Report on sanitation, dispensaries, and jails in Rajputana for 1915, and on vaccination for the year 1915-1916 - 1915-1916
Year: 1915
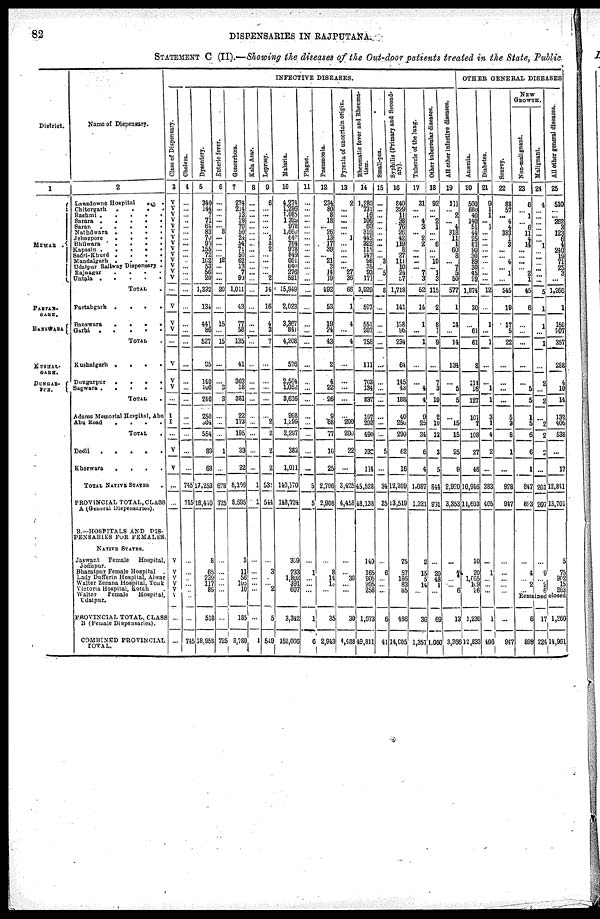
82
DISPENSARIES IN RAJPUTANA.
STATEMENT C (II).—Showing the diseases of the Out-door patients treated in the State, Public
District.
1
MEWAR
.
PARTAB-
GARH.
BANSWARA
KUSHAL-
GARH.
DUNGAR-
PUR.
Name of Dispensary.
2
Lansdowne Hospital
.
.
Chitorgarh
.
.
. .
Rashmi
.
.
.
.
.
Sarara
Saron
Nathdwara
.
.
.
.
Jehazpore
.
.
.
.
Bhilwara . .
.
.
.
Kapusin . . . . .
Sadri-Khurd
.
.
.
.
Mandalgarh .
.
.
.
Udaipur Railway Dispensary .
Rajnagar . . . .
Untala
TOTAL .
Partabgarh .
.
.
.
Banswara
.
.
.
.
Garhi
TOTAL .
Kushalgarh .
.
.
.
Dungarpur
.
.
.
.
Sagwara
TOTAL .
Adams Memorial Hospital, Abu
Abu Road .
.
.
.
TOTAL .
Deoli . . . . .
Kherwara
.
.
.
.
TOTAL NATIVE STATES .
PROVINCIAL TOTAL CLASS
A (General Dispensaries).
B.—HOSPITALS AND DIS-
PENSARIES FOR FEMALES
NATIVE STATES.
Jaswant Female
Hospital,
Jodhpur.
Bharatpur Female Hospital .
Lady Dufferin Hospital, Alwar
Walter Zenana Hospital, Tonk
Victoria Hospital, Kotah .
Walter
Female
Hospital,
Udaipur.
PROVINCIAL TOTAL, CLASS
B (Female Dispensaries).
COMBINED PROVINCIAL
TOTAL.
INFECTIVE DISEASES.
Class of Dispensary.
3
V
V
V
V
V
V
V
V
V
V
V
V
V
V
...
V
V
V
...
V
V
V
...
I
I
...
V
V
...
...
V
V
V
V
V
V
...
...
Cholera.
4
...
...
...
...
...
...
...
...
...
...
...
...
...
...
...
...
...
...
...
...
...
...
...
...
...
...
...
...
745
745
...
...
...
...
...
...
745
Dysentery.
5
340
144
7
71
64
83
70
95
155
72
162
53
56
20
1,332
134
441
86
527
95
140
106
246
250
304
554
89
68
17,253
18,410
8
65
239
117
89
518
18,988
Enteric ferer.
6
...
...
...
...
... 8
...
...
...
... 12
...
...
...
20
...
15
...
15
...
...
3
3
...
...
...
1
...
678
725
...
...
...
...
...
...
725
Gonorrhœa.
7
274
214
13
19
70 50
24
54
71
50 62
13
7
90
1,011
43
77
58
135
41
363
18
381
22
173
195
33
22
8,105
8,595
3
11
56
105
10
185
8,780
Kala Azar.
8
...
...
...
...
...
...
...
...
...
...
...
...
...
...
...
...
...
...
...
...
...
...
...
...
...
...
...
...
1
1
...
...
...
...
...
...
1
Leprosy.
9
6
...
...
...
...
... 1
3
2
...
...
...
... 2
14
16
4
3
7
...
...
...
...
...
2
2
2
2
531
544
...
3
...
... 2
5
549
Malaria.
10
4,274
1,286
1,085
1323
978
1,660
642
764
978
849
601
540
276
591
15,949
2,023
3,367
841
4,208
576
2,564
1,052
3,616
998
1,299
2,297
383
1,011
140,170
148,724
309
233
1,802
391
607
3,342
152,066
Plague.
11
...
...
...
...
...
...
...
...
...
...
...
...
...
...
...
...
...
...
...
...
...
...
...
...
...
...
...
...
5
5
...
1
...
...
...
1
6
Pneumonia.
12
234
80
8
18
... 26
13
17
39
... 21
3
14
19
492
53
19
24
43
2
4
22
26
9
68
77
16
25
2,706
2,908
...
8
14
15
...
35
2,943
Pyrexia of uncertain origin.
13
2
...
...
...
...
... 1
...
...
...
...
... 27
36
66
1
4
...
4
...
...
...
...
...
200
200
22
...
3,425
4,458
...
... 30
...
...
30
4,488
Rheumatic ferer and Rheuma-
tism.
14
1,280
731
16
106
60
310
445
322
115
147
98
35
93
171
3,929
597
551
207
758
111
703
134
837
197
292
490
232
114
45,528
48,138
140
165
905
205
258
1,573
49,811
Small-pox.
15
...
...
...
...
...
... ...
...
...
... 3
... 5
...
8
...
...
...
...
...
...
...
...
...
...
...
5
...
34
35
...
6
...
...
...
6
41
Syphilis
(Primary and Second-
ary).
16
840
329
11
38
76 26
42
119
8
27
111
10
24
57
1,718
141
138
96
234
64
145
43
188
40
250
290
62
16
12,309
13,519
75
57
186
83
85
486
14,005
Tubercle of the lung.
17
31
...
... 4
3
... 2
2
...
...
...
... 7
3
52
14
1
...
1
...
...
4
4
9
25
34
6
4
1,087
1,321
2
15
5
14
...
30
1,357
Other tubercular diseases.
18
92
...
... 2
1
...
... 6
...
... 10
... 1
3
115
2
3
1
9
...
7
3
10
2
10
12
3
5
844
991
...
20
48
1
...
69
1,060
All other infective diseases.
19
111
... 2
... 4
318
11
1
60
8
... 7
5
50
577
1
14
...
14
134
...
5
5
...
15
15
25
9
2,920
3,353
...
7
...
... 6
13
3,366
OTHER GENERAL DISEASES
Anœmia.
20
500
680
40
140
51
44
25
81
90 30
89
30
45
27
1,874
30
...
61
61
8
111
16
127
101
7
108
27
46
10,946
11,603
10
20
1,065
109
26
1,230
12,833
Diabetes.
21
9
1
1
... 1
...
...
...
...
...
...
...
...
...
12
...
1
...
1
...
...
1
1
3
1
4
2
...
383
405
...
1
...
...
...
1
406
Scurvy.
22
88
57
... 4
4
383
1
3
...
... 4
... 1
...
545
19
17
5
22
...
...
...
...
5
3
8
1
...
928
947
...
...
...
...
...
...
947
NEW
GROWTH.
Non-malignant.
23
6
... 1
... 6
11
4
14
...
...
...
... 2
1
45
6
...
...
...
...
...
5
5
1
5
6
6
1
847
893
...
4
... 2
...
Malignant.
24
4
...
...
...
...
...
... 1
...
...
...
...
...
...
5
1
1
...
1
...
2
...
2
...
2
2
6
...
201
207
...
9
... 2 6
All other general diseases.
25
510
...
... 262
3
123
6
4
240
19
71
25
3
...
1,266
1
150
207
357
288
4
10
14
132
406
538
...
17
12,841
13,701
5
75
902
15
263
Remained closed
6
898
17
224
1,260
14,961